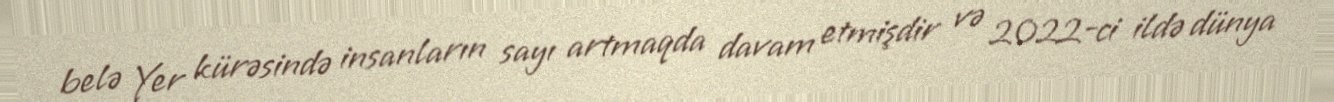
belə Yer kürəsində insanların sayı artmaqda davam etmişdir və 2022-ci ildə dünya